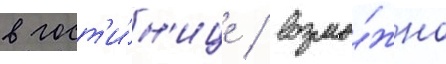
в гост'и́н'ице / возмо́жно